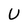
Character: U